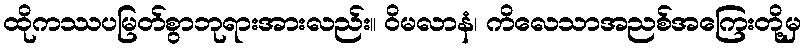
ထိုကဿပမြတ်စွာဘုရားအားလည်း။ ဝိမလာနံ၊ ကိလေသာအညစ်အကြေးတို့မှ